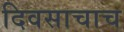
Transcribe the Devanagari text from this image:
दिवसाचाच